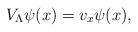
LaTeX: \begin{align*}V_\Lambda \psi(x) = v_x \psi(x),\end{align*}